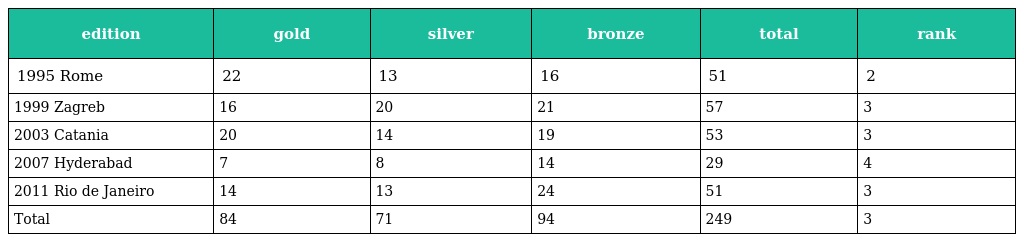
| edition | gold | silver | bronze | total | rank |
 | --- | --- | --- | --- | --- | --- |
 | 1995 Rome | 22 | 13 | 16 | 51 | 2 |
 | 1999 Zagreb | 16 | 20 | 21 | 57 | 3 |
 | 2003 Catania | 20 | 14 | 19 | 53 | 3 |
 | 2007 Hyderabad | 7 | 8 | 14 | 29 | 4 |
 | 2011 Rio de Janeiro | 14 | 13 | 24 | 51 | 3 |
 | Total | 84 | 71 | 94 | 249 | 3 |